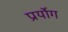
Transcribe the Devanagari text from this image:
प्रर्योग